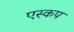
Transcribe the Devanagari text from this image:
एस्कप